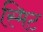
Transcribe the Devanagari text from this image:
स्मिट